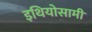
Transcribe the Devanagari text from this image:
इथियोसामी